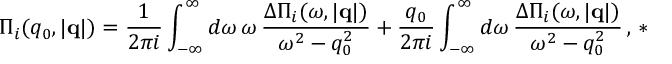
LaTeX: \Pi _ { i } ( q _ { 0 } , | { \bf q } | ) = { \frac { 1 } { 2 \pi i } } \int _ { - \infty } ^ { \infty } d \omega \, \omega \, { \frac { \Delta \Pi _ { i } ( \omega , | { \bf q } | ) } { \omega ^ { 2 } - q _ { 0 } ^ { 2 } } } + { \frac { q _ { 0 } } { 2 \pi i } } \int _ { - \infty } ^ { \infty } d \omega \, { \frac { \Delta \Pi _ { i } ( \omega , | { \bf q } | ) } { \omega ^ { 2 } - q _ { 0 } ^ { 2 } } } \, , \, *